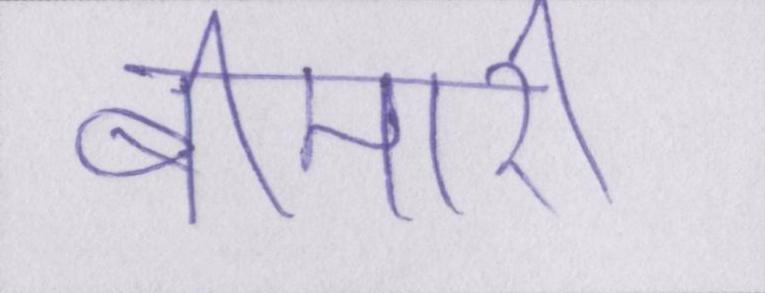
बीमारी